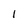
Character: l